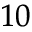
^ { 1 0 }